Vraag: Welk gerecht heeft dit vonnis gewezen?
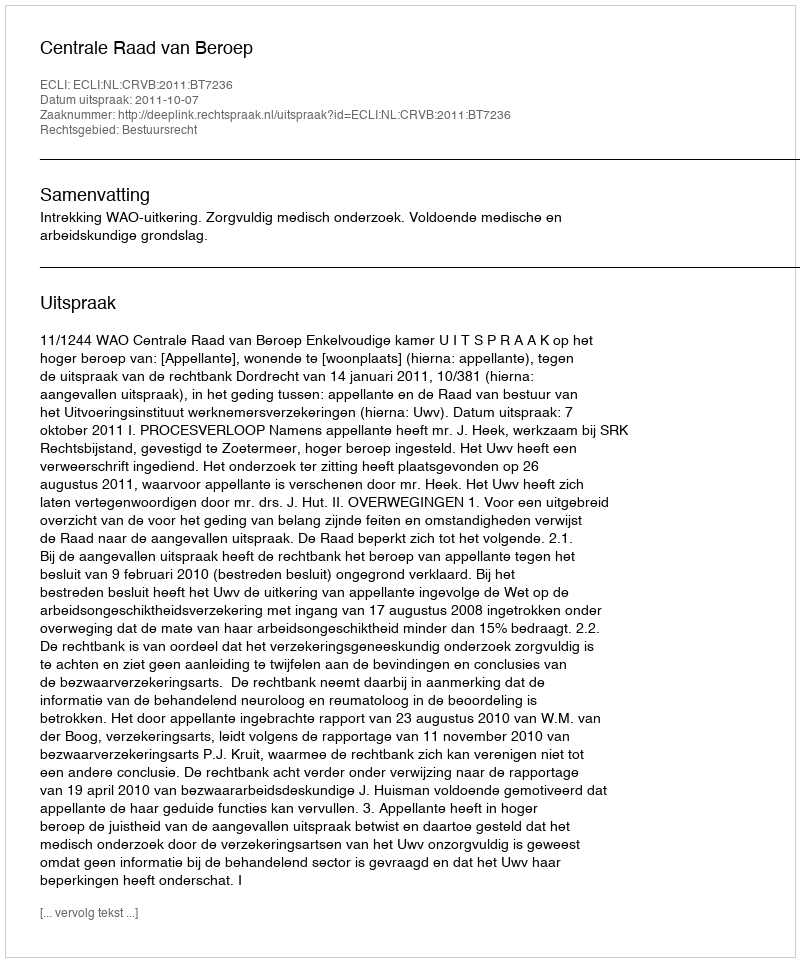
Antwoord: Centrale Raad van Beroep